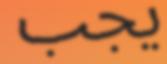
يجب